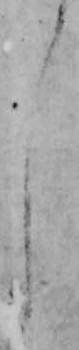
し